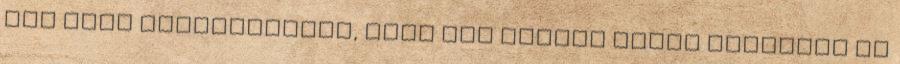
Itt csak megjegyezném, hogy már hosszú ideje figyelem az